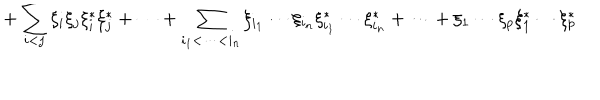
LaTeX: + \sum _ { i < j } \xi _ { i } \xi _ { j } \xi _ { i } ^ { * } \xi _ { j } ^ { * } + \cdots + \sum _ { i _ { 1 } < \cdots < i _ { n } } \xi _ { i _ { 1 } } \cdots \xi _ { i _ { n } } \xi _ { i _ { 1 } } ^ { * } \cdots \xi _ { i _ { n } } ^ { * } + \cdots + \xi _ { 1 } \cdots \xi _ { p } \xi _ { 1 } ^ { * } \cdots \xi _ { p } ^ { * }